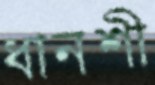
ধানশী